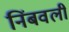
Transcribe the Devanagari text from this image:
निंबवली